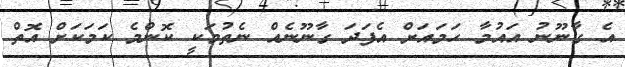
އެ ގާނޫނު އައުމާ ހަމައަށް އެފަދަ ގާނޫނެއް ނެތުމަކީ ކޮންމެ ކަމަކަށް އޮތް